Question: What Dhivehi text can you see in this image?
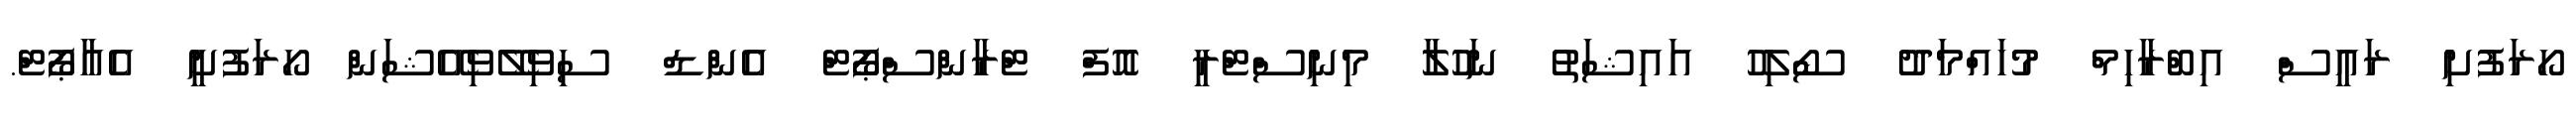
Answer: ހޯރަފުށި ރައީސް އިބްރާހިމް މުހައްމަދު ސޯލިހު އައިޝަތު ނަހުލާ މިނިސްޓްރީ އޮފް ޓްރާންސްޕޯޓް އެންޑް ސިވިލޭވިއޭޝަން ހޯރަފުށީ އެއާޕޯޓް.